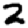
Digit: 2